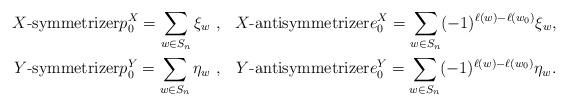
LaTeX: \begin{align*}\hbox{$X$-symmetrizer}&p^X_0 = \sum_{w\in S_n} \xi_w\ , &\hbox{$X$-antisymmetrizer}&e^X_0 = \sum_{w\in S_n} (-1)^{\ell(w)-\ell(w_0)} \xi_w,\\\hbox{$Y$-symmetrizer}&p_0^Y = \sum_{w\in S_n} \eta_w\ ,&\hbox{$Y$-antisymmetrizer}&e_0^Y = \sum_{w\in S_n} (-1)^{\ell(w)-\ell(w_0)} \eta_w.\end{align*}